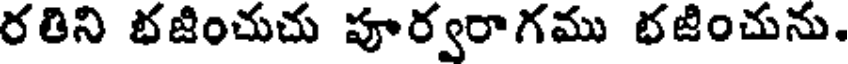
రతిని భజించుచు పూర్వరాగము భజించును.